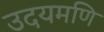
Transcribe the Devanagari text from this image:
उदयमणि